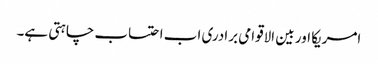
امریکا اور بین الاقوامی برادری اب احتساب چاہتی ہے۔